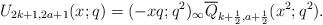
LaTeX: \begin{align*}U_{2k+1,2a+1}(x;q)=(-xq;q^2)_\infty\overline{Q}_{k+\frac{1}{2},a+\frac{1}{2}}(x^2;q^2).\end{align*}